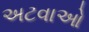
અટવાઓ